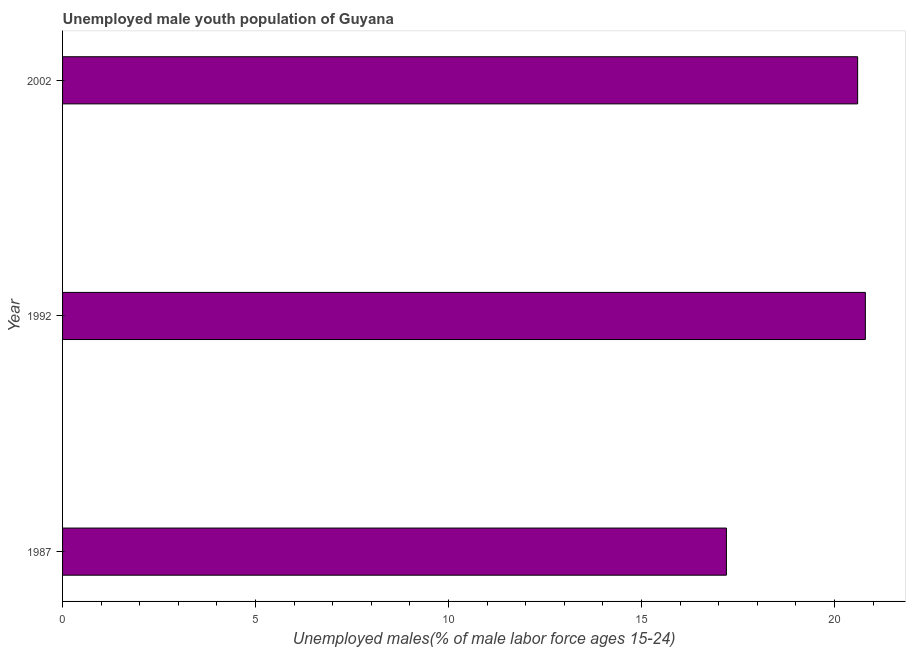
| Year | Unemployment youth male |
 | --- | --- |
 | 1987 | 17.2 |
 | 1992 | 20.8 |
 | 2002 | 20.6 |